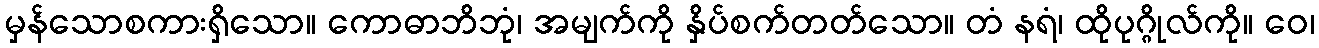
မှန်သောစကားရှိသော။ ကောဓာဘိဘုံ၊ အမျက်ကို နှိပ်စက်တတ်သော။ တံ နရံ၊ ထိုပုဂ္ဂိုလ်ကို။ ဝေ၊